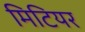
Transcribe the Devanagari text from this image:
मिटियर